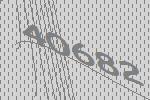
40682